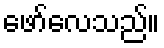
ဖော်လေသည်။